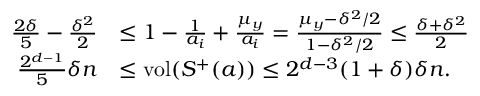
\begin{array} { r l } { \frac { 2 \delta } { 5 } - \frac { \delta ^ { 2 } } { 2 } } & { \le 1 - \frac { 1 } { a _ { i } } + \frac { \mu _ { y } } { a _ { i } } = \frac { \mu _ { y } - \delta ^ { 2 } / 2 } { 1 - \delta ^ { 2 } / 2 } \le \frac { \delta + \delta ^ { 2 } } { 2 } } \\ { \frac { 2 ^ { d - 1 } } { 5 } \delta n } & { \le \mathrm { v o l } ( S ^ { + } ( a ) ) \le 2 ^ { d - 3 } ( 1 + \delta ) \delta n . } \end{array}